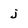
Character: j